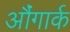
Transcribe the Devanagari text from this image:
औंगार्क